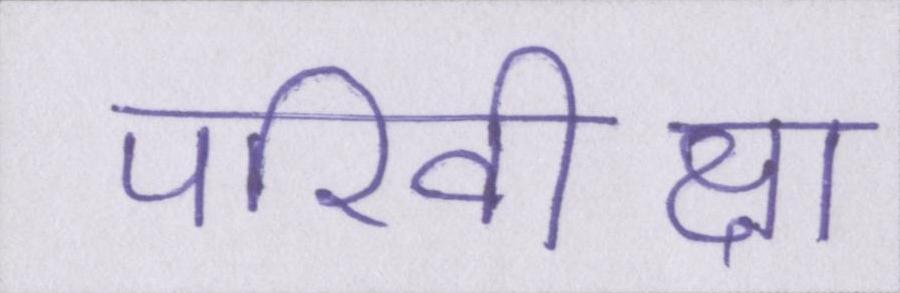
परिवीक्षा